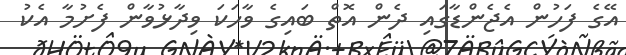
އޭގެ ފަހުން އެޖެންޑާގައި ދެން އޮތް ބައިގެ ވާހަކަ ވިދާޅުވާން ފެށުމާ އެކު